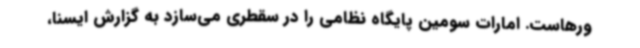
ورهاست. امارات سومین پایگاه نظامی را در سقطری می‌سازد به گزارش ایسنا،